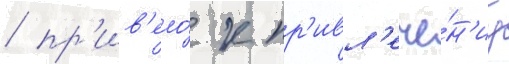
/ пр'ив'ело́ к пр'ивл'ече́н'иу